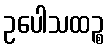
ဥပေါသထဉ္စ